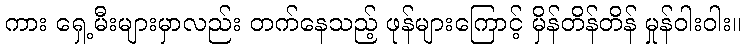
ကား ရှေ့မီးများမှာလည်း တက်နေသည့် ဖုန်များကြောင့် မှိန်တိန်တိန် မှုန်ဝါးဝါး။